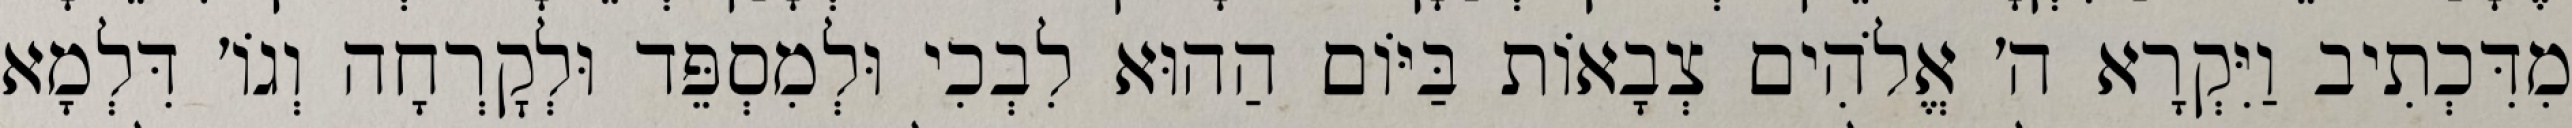
מִדִּכְתִיב וַיִּקְרָא ה׳ אֱלֹהִים צְבָאוֹת בַּיּוֹם הַהוּא לִבְכִי וּלְמִסְפֵּד וּלְקׇרְחָה וְגוֹ׳ דִּלְמָא